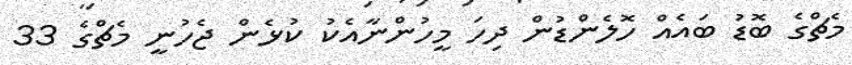
މެޗްގެ ބޮޑު ބައެއް ހޮލެންޑުން ދިހަ މީހުންނާއެކު ކުޅެން ޖެހުނީ މެޗްގެ 33